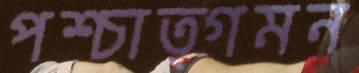
পশ্চাত্গমন